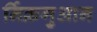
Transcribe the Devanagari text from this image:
र्निक्रगुआन